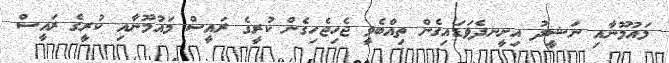
މައުމޫނާއި ނަޝީދު އިށީނދެވަޑައިގެން ތިއްބެވީ ޖެހިޖެހިގެން ކުރީގެ ރައީސް މައުމޫނާއި ކުރީގެ ރައީސް